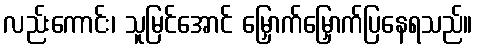
လည်းကောင်း၊ သူမြင်အောင် မြှောက်မြှောက်ပြနေရသည်။